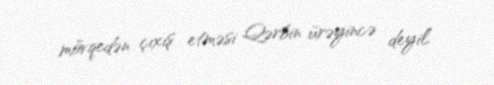
mövqedən çıxış etməsi Qərbin ürəyincə deyil.